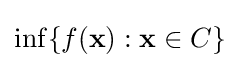
\inf\{f(\mathbf {x} ):\mathbf {x} \in C\}